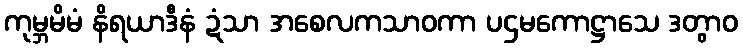
ကုမ္ဘမိမံ နိရယာဒီနံ ဍံသာ အစေလကသာဝကာ ပဌမကောဋ္ဌာသေ ဒတွာဝ